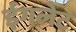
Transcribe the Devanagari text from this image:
ईगलेट